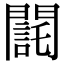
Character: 𨶃